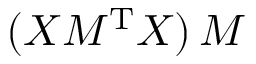
( X M ^ { \mathrm { T } } X ) \, M